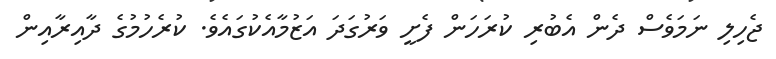
ޖެހިލި ނަމަވެސް ދެން އެބުރި ކުރަހަން ފެށީ ވަރުގަދަ އަޒުމާއެކުގައެވެ. ކުރެހުމުގެ ދާއިރާއިން